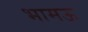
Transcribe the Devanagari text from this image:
भामऊ